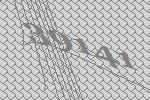
39141